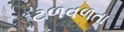
ટળવળતા